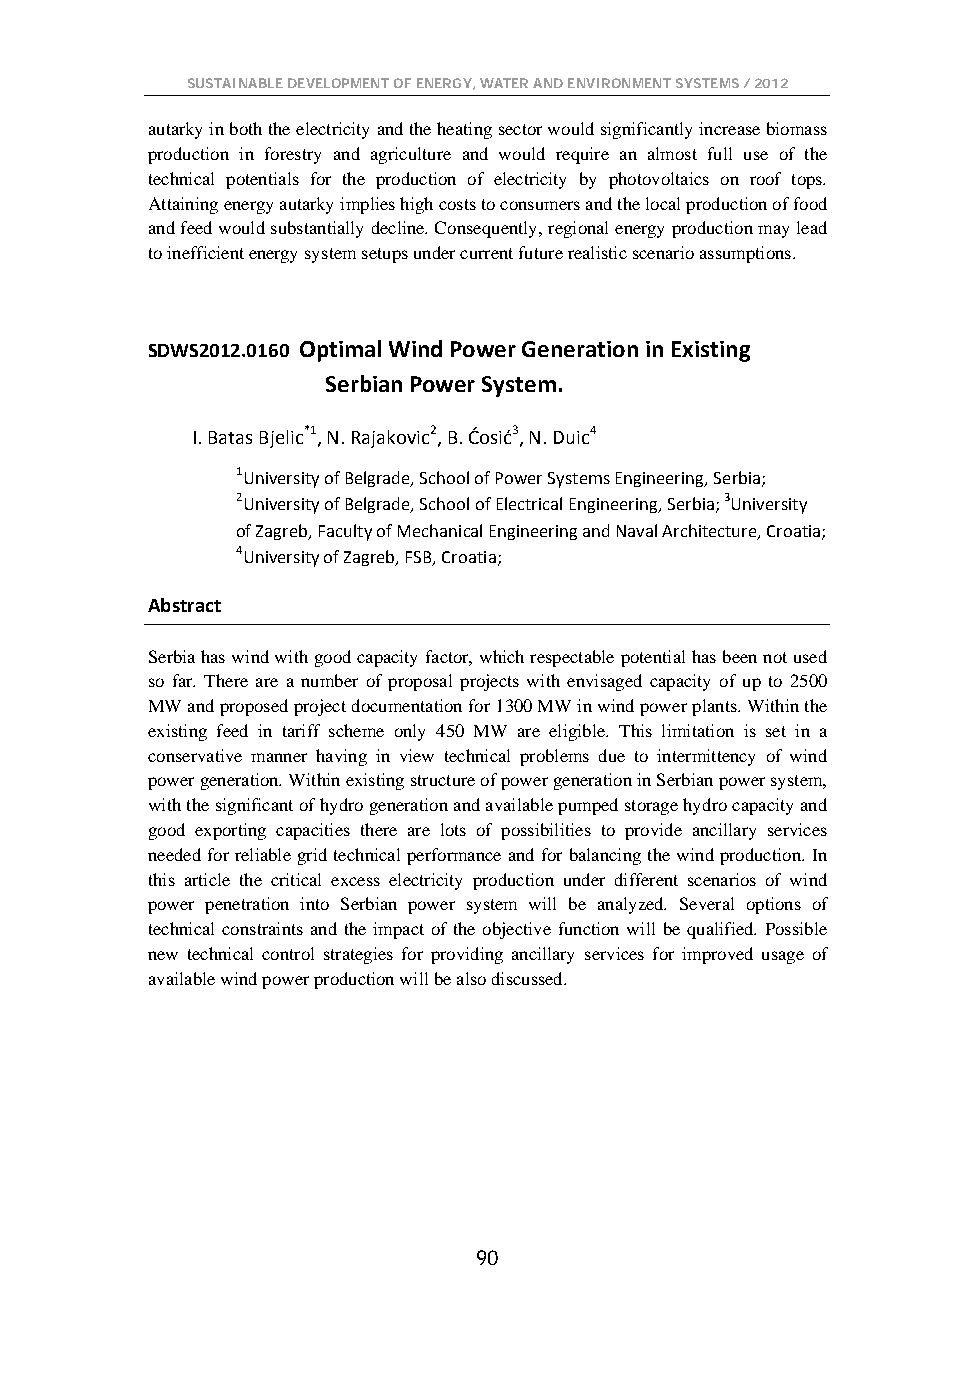
SUSTAINABLE DEVELOPMENT OF ENERGY, WATER AND ENVIRONMENT SYSTEMS / 2012
 autarky in both the electricity and the heating sector would significantly increase biomass
 production in forestry and agriculture and would require an almost full use of the
 technical potentials for the production of electricity by photovoltaics on roof tops.
 Attaining energy autarky implies high costs to consumers and the local production of food
 and feed would substantially decline. Consequently, regional energy production may lead
 to inefficient energy system setups under current future realistic scenario assumptions.
 SDWS2012.0160 Optimal Wind Power Generation in Existing
 Serbian Power System.
 I. Batas Bjelic*1, N. Rajakovic2, B. Ćosić3, N. Duic4
 1University of Belgrade, School of Power Systems Engineering, Serbia;
 2University of Belgrade, School of Electrical Engineering, Serbia; 3University
 of Zagreb, Faculty of Mechanical Engineering and Naval Architecture, Croatia;
 4University of Zagreb, FSB, Croatia;
 Abstract
 Serbia has wind with good capacity factor, which respectable potential has been not used
 so far. There are a number of proposal projects with envisaged capacity of up to 2500
 MW and proposed project documentation for 1300 MW in wind power plants. Within the
 existing feed in tariff scheme only 450 MW are eligible. This limitation is set in a
 conservative manner having in view technical problems due to intermittency of wind
 power generation. Within existing structure of power generation in Serbian power system,
 with the significant of hydro generation and available pumped storage hydro capacity and
 good exporting capacities there are lots of possibilities to provide ancillary services
 needed for reliable grid technical performance and for balancing the wind production. In
 this article the critical excess electricity production under different scenarios of wind
 power penetration into Serbian power system will be analyzed. Several options of
 technical constraints and the impact of the objective function will be qualified. Possible
 new technical control strategies for providing ancillary services for improved usage of
 available wind power production will be also discussed.
 90